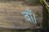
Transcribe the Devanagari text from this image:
वाँ।